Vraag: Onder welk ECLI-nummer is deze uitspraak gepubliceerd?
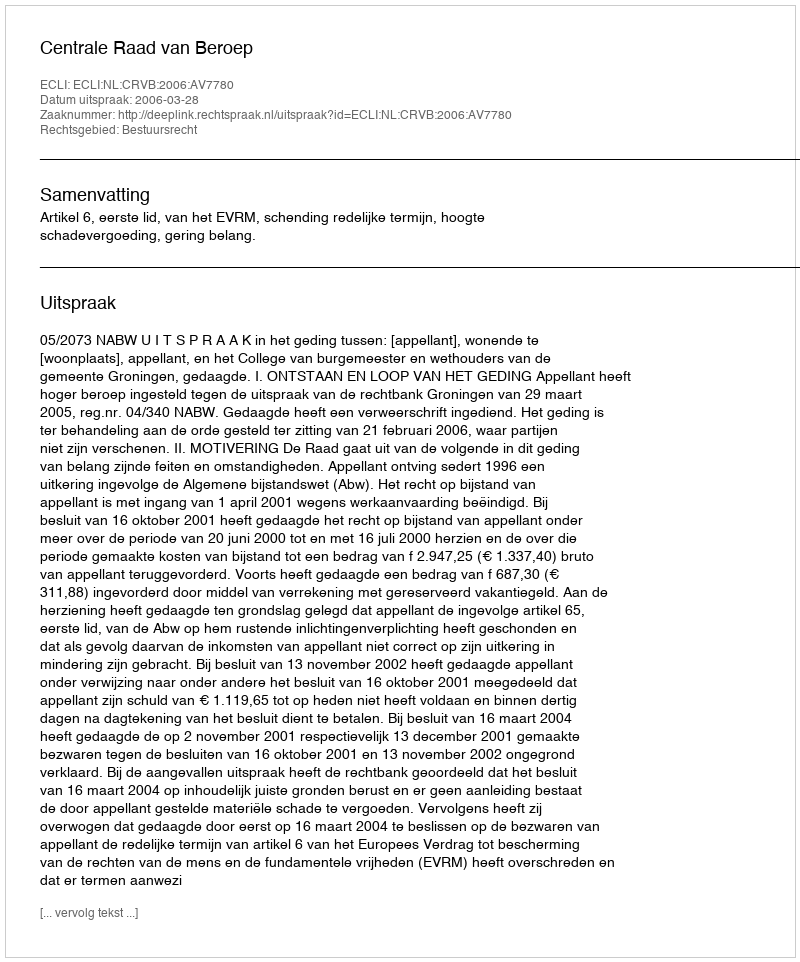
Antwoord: ECLI:NL:CRVB:2006:AV7780